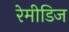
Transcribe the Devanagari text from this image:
रेमीडिज